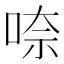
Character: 㖠